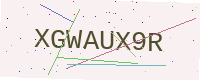
Text: XGWAUX9R